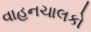
વાહનચાલકો